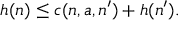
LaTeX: h ( n ) \leq c ( n , a , n ^ { \prime } ) + h ( n ^ { \prime } ) .